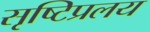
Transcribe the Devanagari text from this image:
सृष्टिप्रलय